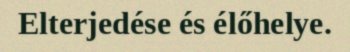
Elterjedése és élőhelye.